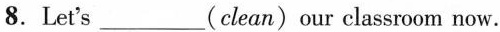
8.Let's ___(clean)our classroom now.